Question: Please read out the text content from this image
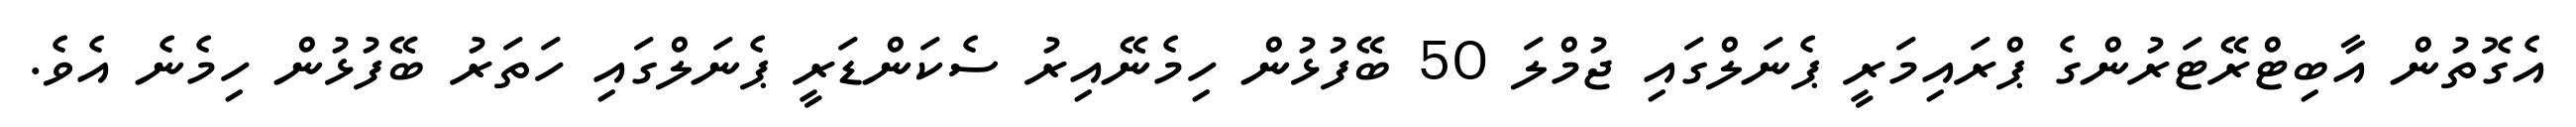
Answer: އެގޮތުން އާބިޓްރޭޓަރުންގެ ޕްރައިމަރީ ޕެނަލްގައި ޖުމްލަ 50 ބޭފުޅުން ހިމެނޭއިރު ސެކަންޑަރީ ޕެނަލްގައި ހަތަރު ބޭފުޅުން ހިމެނެ އެވެ.